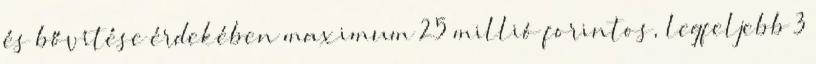
és bővítése érdekében maximum 25 millió forintos, legfeljebb 3